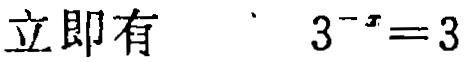
立即有 \(3^{-x}=3\)